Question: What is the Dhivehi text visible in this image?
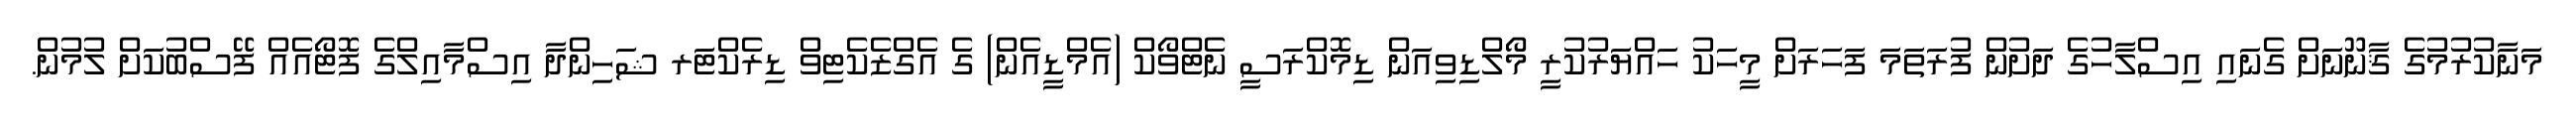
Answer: މަނާކުރުމުގެ ޤާނޫނަށް ގެނައި އިސްލާހުގެ ދަށުން ފުރަތަމަ ފަހަރަށް މީހަކު ހައްޔަރުކުރީ މޯލްޑިވިއަން ޑިމޮކްރަސީ ނެޓްވޯކް (އެމްޑީއެން) ގެ އެގްޒެކެޓިވް ޑިރެކްޓަރ ޝަހިންދާ އިސްމާއިލްގެ ފޮޓޯއެއް ފޭސްބުކަށް ލުމުން.